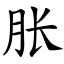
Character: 胀